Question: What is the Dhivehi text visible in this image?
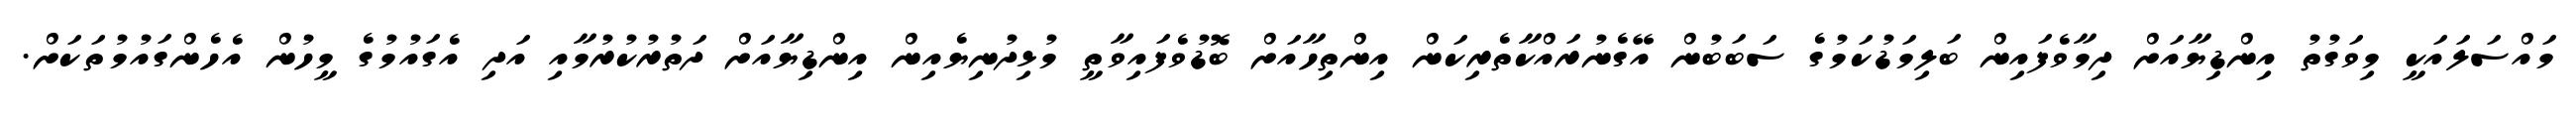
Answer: މައްސަލައަކީ މިވަގުތު އިންޑިޔާއަށް ދިމާވެފައިން ބަލިމަޑުކަމުގެ ސަބަބުން އޭގެނުރައްކާތެރިކަން އިންތިހާއަށް ބޮޑުވެފައިވާތީ މުޅިދުނިޔެއިން އިންޑިޔާއަށް ދަތުރުކުރުމާއި އަދި އެގައުމުގެ މީހުން އެހެންގައުމުތަކަށް.